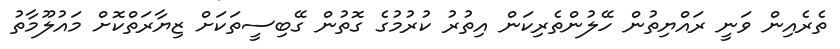
ތެރެއިން ވަނީ ރައްޔިތުން ހޭލުންތެރިކަން އިތުރު ކުރުމުގެ ގޮތުން ގޭބިސީތަކަށް ޒިޔާރަތްކޮށް މައުލޫމާތު